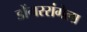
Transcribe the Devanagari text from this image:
डोंगररांगेला